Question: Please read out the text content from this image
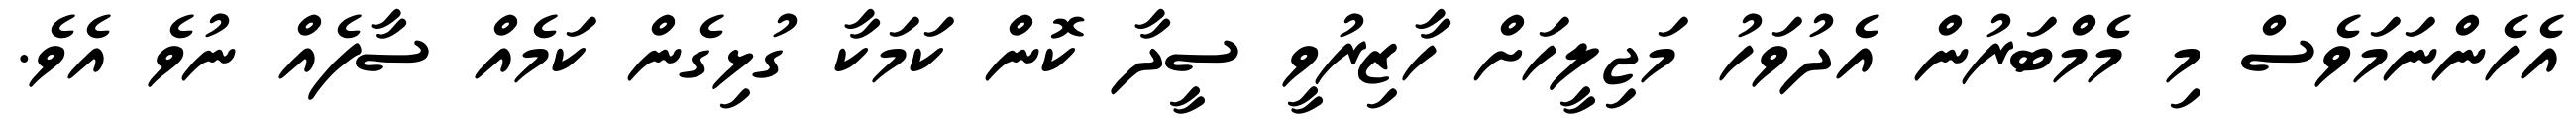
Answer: އެހެންނަމަވެސް މި މެމްބަރުން އެދުވަހު މަޖިލީހަށް ހާޒިރުވީ ސީދާ ކޮން ކަމަކާ ގުޅިގެން ކަމެއް ސާފެއް ނުވެ އެވެ.